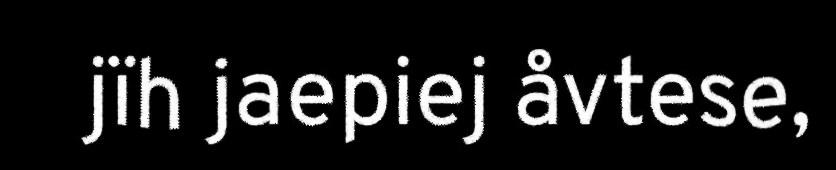
jïh jaepiej åvtese,